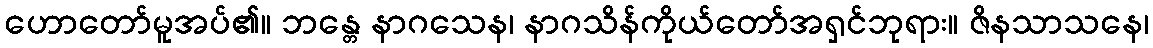
ဟောတော်မူအပ်၏။ ဘန္တေ နာဂသေန၊ နာဂသိန်ကိုယ်တော်အရှင်ဘုရား။ ဇိနသာသနေ၊